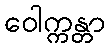
ဝေါက္ကန္တာ